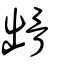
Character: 𩨳